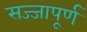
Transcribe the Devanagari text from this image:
सज्जापूर्ण